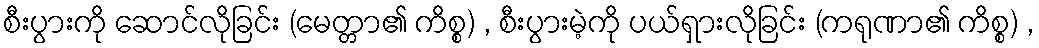
စီးပွားကို ဆောင်လိုခြင်း (မေတ္တာ၏ ကိစ္စ) , စီးပွားမဲ့ကို ပယ်ရှားလိုခြင်း (ကရုဏာ၏ ကိစ္စ) ,